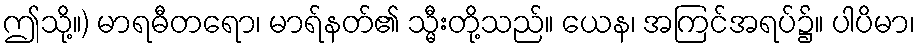
ဤသို့။) မာရဓီတရော၊ မာရ်နတ်၏ သ္မီးတို့သည်။ ယေန၊ အကြင်အရပ်၌။ ပါပိမာ၊